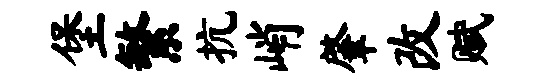
堡繁抗峭肇改赋